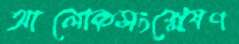
আলোকসংশ্লেষণ